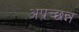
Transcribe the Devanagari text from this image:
अप्रच्छन्न